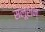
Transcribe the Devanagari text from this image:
सलूशन्